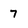
Character: 7